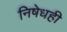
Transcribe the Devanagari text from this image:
निषेधही